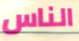
الناس